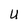
Character: U